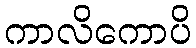
ကာလိကောပိ